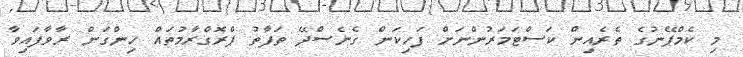
މި ކެމްޕޭނުގެ ތެރެއިން ކަސްޓަމަރުންނަށް ފަހިކަން ގެނެސްދޭ ތަފާތު ޕްރޮގްރާމުތައް ހިންގަން ރާވާފައިވާ